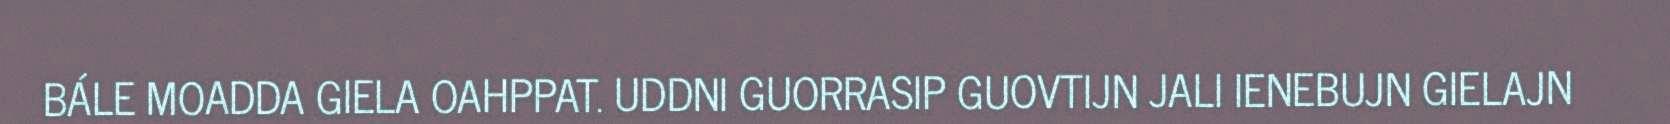
BÁLE MOADDA GIELA OAHPPAT. UDDNI GUORRASIP GUOVTIJN JALI IENEBUJN GIELAJN